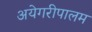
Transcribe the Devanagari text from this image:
अयेगरीपालम